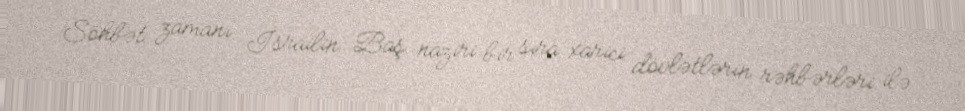
Söhbət zamanı İsrailin Baş naziri bir sıra xarici dövlətlərin rəhbərləri ilə